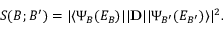
{ \protect S } ( B ; B ^ { \prime } ) = | \langle \Psi _ { B } ( E _ { B } ) | | \mathbf { D } | | \Psi _ { B ^ { \prime } } ( E _ { B ^ { \prime } } ) \rangle | ^ { 2 } .